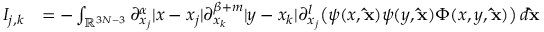
\begin{array} { r l } { I _ { j , k } } & { = - \int _ { \mathbb { R } ^ { 3 N - 3 } } \partial _ { x _ { j } } ^ { \alpha } | x - x _ { j } | \partial _ { x _ { k } } ^ { \beta + m } | y - x _ { k } | \partial _ { x _ { j } } ^ { l } \big ( \psi ( x , \mathbf { \hat { x } } ) \psi ( y , \mathbf { \hat { x } } ) \Phi ( x , y , \mathbf { \hat { x } } ) \big ) \, d \mathbf { \hat { x } } } \end{array}